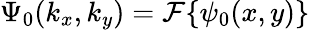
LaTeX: \Psi_{0}(k_{x},k_{y})={\mathcal{F}}\{ \psi_{0}(x,y)\}